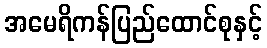
အမေရိကန်ပြည်ထောင်စုနှင့်